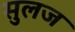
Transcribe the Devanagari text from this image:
सुलज